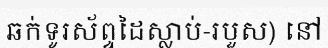
ឆក់ទូរស័ព្ទដៃស្លាប់-របួស) នៅ